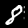
Label: 8